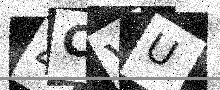
Text: 4CVU